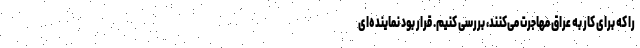
را که برای کار به عراق مهاجرت می‌کنند، بررسی کنیم. قرار بود نماینده‌ای